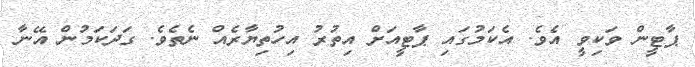
ޕާޓީން ވަކިވީ އެވެ. އެކަމުގައި ޕާޓީއަށް އިތުރު އިހުތިޔާރެއް ނެތެވެ. ގަދަކަމުން އޭނާ